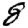
Digit: 8